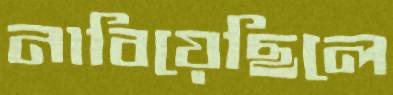
নাবিয়েছিলে